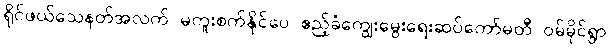
ရိုင်ဖယ်သေနတ်အလက် မကူးစက်နိုင်ပေ ဧည့်ခံကျွေးမွေးရေးဆပ်ကော်မတီ ဝမ်မိုင်ရွာ